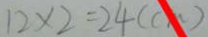
1 2 \times 2 = 2 4 ( c m )